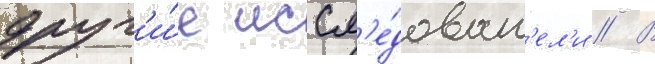
друг'и́е иссл'е́доват'ел'и // В